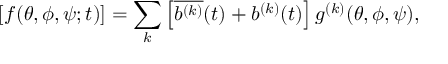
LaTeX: [ f ( \theta , \phi , \psi ; t ) ] = \sum _ { k } \left[ \overline { { { b ^ { ( k ) } } } } ( t ) + b ^ { ( k ) } ( t ) \right] g ^ { ( k ) } ( \theta , \phi , \psi ) ,